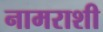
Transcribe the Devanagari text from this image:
नामराशी